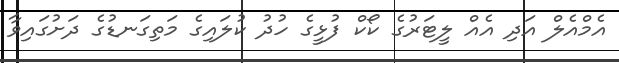
އެމްއެލް އަދި އެއް ލީޓަރުގެ ކޯކް ފުޅީގެ ހުދު ކުލައިގެ މަތިގަނޑުގެ ދަށުގައިވާ